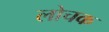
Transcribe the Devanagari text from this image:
लोचक